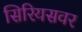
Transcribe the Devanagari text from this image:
सिरियसवर